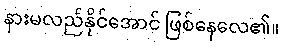
နားမလည်နိုင်အောင် ဖြစ်နေလေ၏။